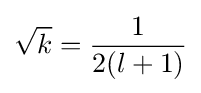
{\sqrt {k}}={\frac {1}{2(l+1)}}